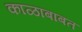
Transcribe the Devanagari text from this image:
काळाबाबत